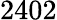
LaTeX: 2402